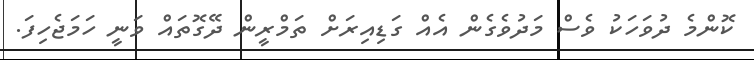
ކޮންމެ ދުވަހަކު ވެސް މަދުވެގެން އެއް ގަޑިއިރަށް ތަމްރީން ދޭގޮތައް ވަނީ ހަމަޖެހިފަ.